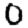
Digit: 0